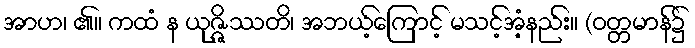
အာဟ၊ ၏။ ကထံ န ယုဇ္ဇိဿတိ၊ အဘယ့်ကြောင့် မသင့်အံ့နည်း။ (ဝတ္တမာန်၌